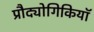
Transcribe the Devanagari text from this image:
प्रौद्योगिकियॉ